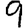
Digit: 9